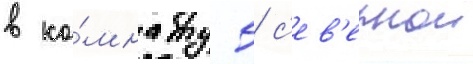
в ко́мнату 5 с'ев'ернои